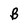
Character: B